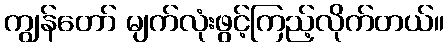
ကျွန်တော် မျက်လုံးဖွင့်ကြည့်လိုက်တယ်။